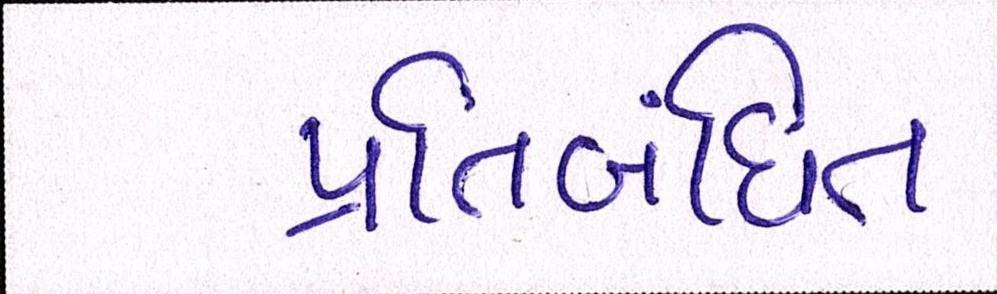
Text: પ્રતિબંધિત